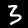
Label: 3